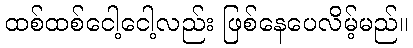
ထစ်ထစ်ငေါ့ငေါ့လည်း ဖြစ်နေပေလိမ့်မည်။